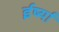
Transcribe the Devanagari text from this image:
ईर्ष्‍या